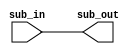
module sub_44 (
            input [32:0]  sub_in,
            output [32:0] sub_out);
   assign sub_out = sub_in;
endmodule